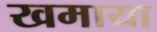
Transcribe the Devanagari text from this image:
खमाया